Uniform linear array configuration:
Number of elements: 64
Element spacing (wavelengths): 0.75
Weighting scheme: uniform
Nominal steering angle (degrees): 45
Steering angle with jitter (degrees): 44.027
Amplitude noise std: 0.05
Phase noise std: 0.05

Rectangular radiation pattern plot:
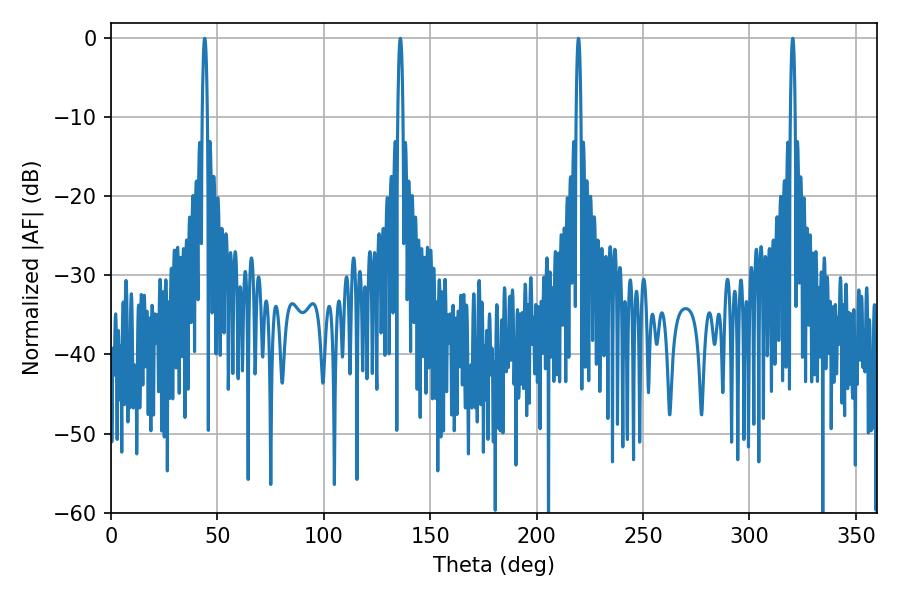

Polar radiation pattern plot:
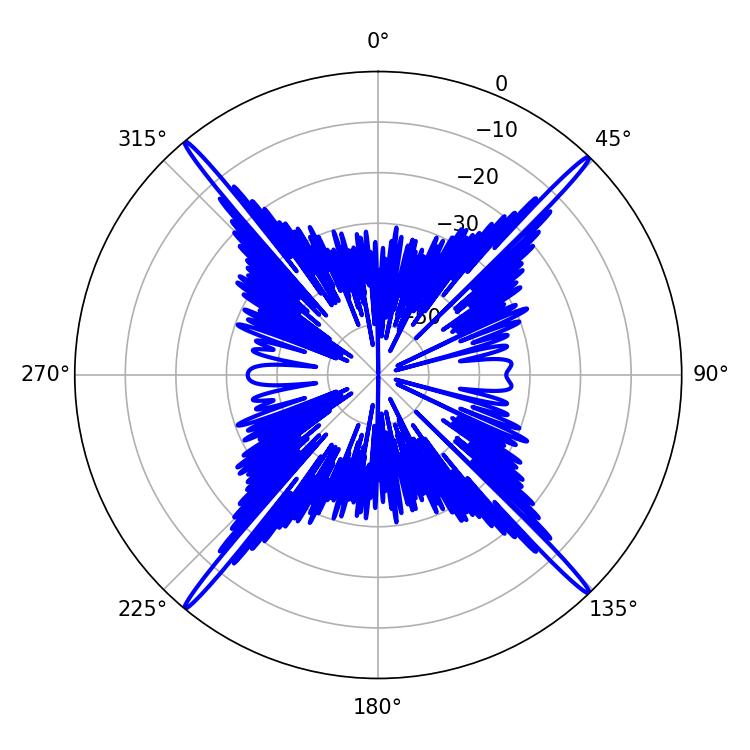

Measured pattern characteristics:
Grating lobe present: TRUE
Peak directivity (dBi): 25.426
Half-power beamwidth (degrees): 1.26
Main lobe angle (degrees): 219.6